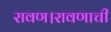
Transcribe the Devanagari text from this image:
रावण।रावणाची